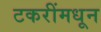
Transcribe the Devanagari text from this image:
टकरींमधून